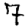
Digit: 7